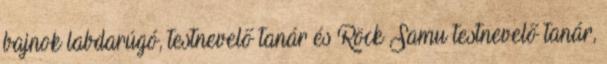
bajnok labdarúgó, testnevelő tanár és Röck Samu testnevelő tanár,